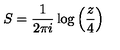
S = \frac { 1 } { 2 \pi i } \log \left( \frac { z } { 4 } \right)